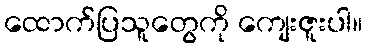
ထောက်ပြသူတွေကို ကျေးဇူးပါ။